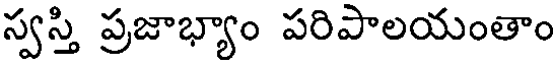
స్వస్తి ప్రజాభ్యాం పరిపాలయంతాం